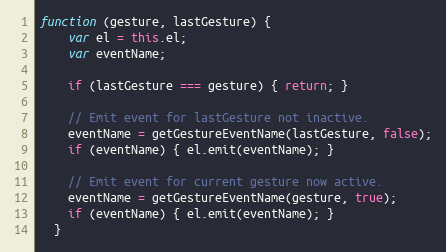
Language: JavaScript
function (gesture, lastGesture) {
    var el = this.el;
    var eventName;

    if (lastGesture === gesture) { return; }

    // Emit event for lastGesture not inactive.
    eventName = getGestureEventName(lastGesture, false);
    if (eventName) { el.emit(eventName); }

    // Emit event for current gesture now active.
    eventName = getGestureEventName(gesture, true);
    if (eventName) { el.emit(eventName); }
  }